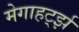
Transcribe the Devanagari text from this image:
मेगाहर्ट्झ